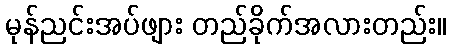
မုန်ညင်းအပ်ဖျား တည်ခိုက်အလားတည်း။